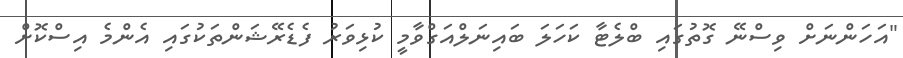
"އަހަންނަށް ވިސްނޭ ގޮތުގައި ބްލެޓާ ކަހަލަ ބައިނަލްއަގްވާމީ ކުޅިވަރު ފެޑެރޭޝަންތަކުގައި އެންމެ އިސްކޮށް